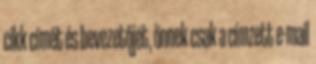
cikk címét és bevezetőjét, önnek csak a címzett e-mail